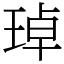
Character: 琸